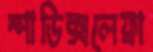
স্পাডিক্সলেফ্রা